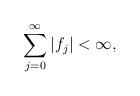
LaTeX: \begin{align*} \sum_{j=0}^{\infty} |f_{j}| < \infty,\end{align*}